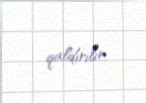
qaldırılır.